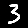
Digit: 3